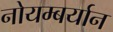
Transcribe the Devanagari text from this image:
नोयम्बर्यान